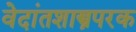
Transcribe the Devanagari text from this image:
वेदांतशास्त्रपरक